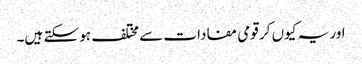
اور یہ کیوں کر قومی مفادات سے مختلف ہو سکتے ہیں۔